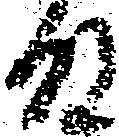
殿